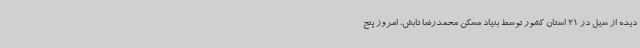
دیده از سیل در 21 استان کشور توسط بنیاد مسکن محمدرضا تابش، امروز پنج